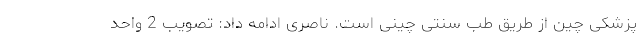
پزشکی چین از طریق طب سنتی چینی است. ناصری ادامه داد: تصویب 2 واحد